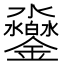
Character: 𨰱